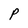
Character: P